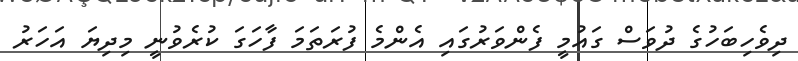
ދިވެހިބަހުގެ ދުވަސް ގައުމީ ފެންވަރުގައި އެންމެ ފުރަތަމަ ފާހަގަ ކުރެވުނީ މިދިޔަ އަހަރު